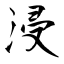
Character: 浸